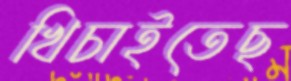
খিচাইতেছ